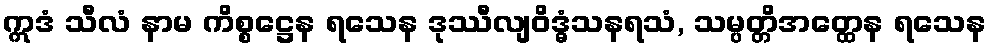
ဣဒံ သီလံ နာမ ကိစ္စဋ္ဌေန ရသေန ဒုဿီလျဝိဒ္ဓံသနရသံ, သမ္ပတ္တိအတ္ထေန ရသေန